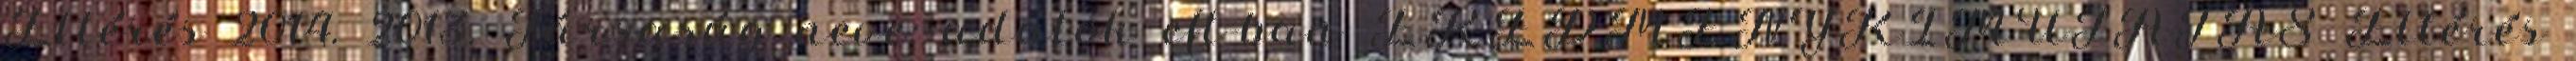
Eltérés 2014. 2013. Társaság neve: adatok eft-ban EREDMÉNYKIMUTATÁS Eltérés